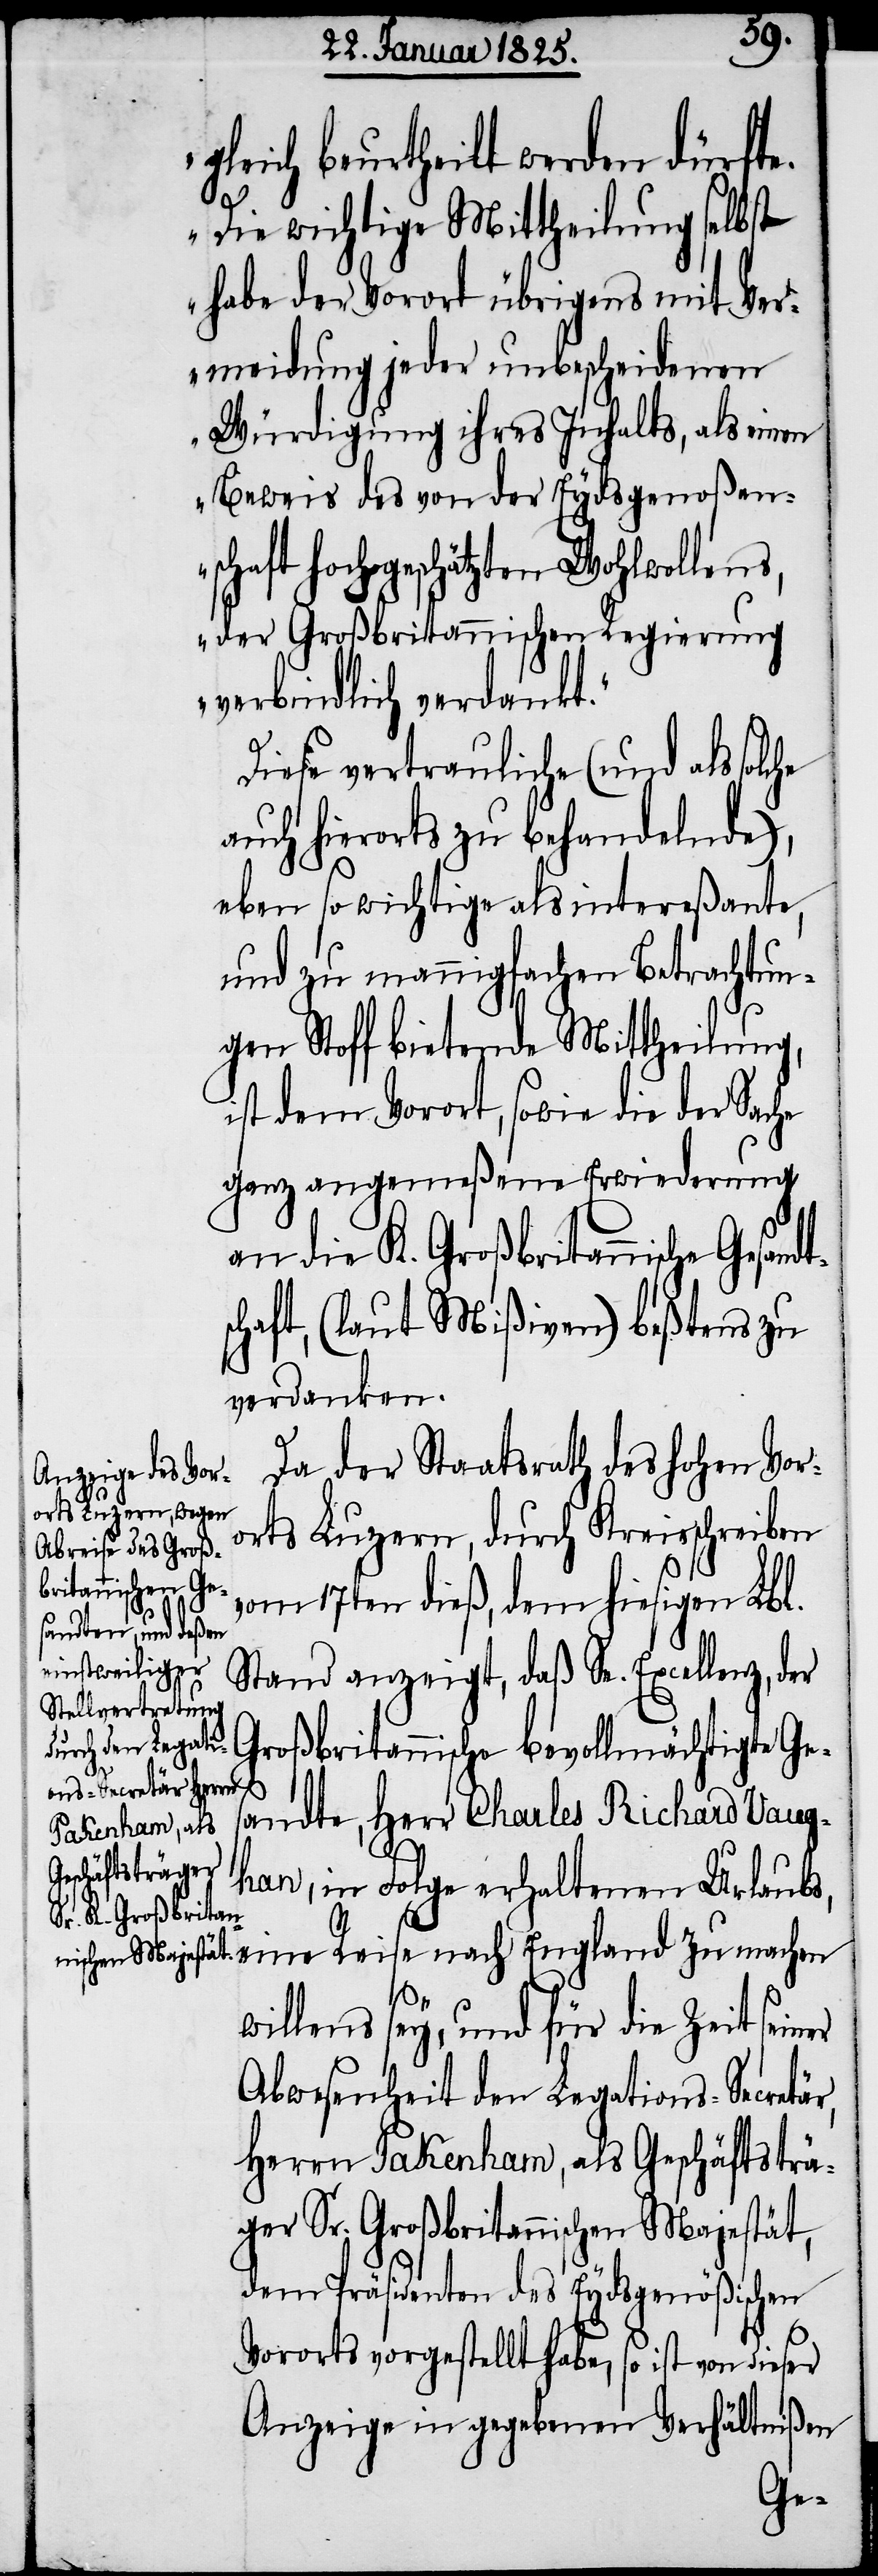
gleich beurtheilt werden dürfte.
Die wichtige Mittheilung selbst
habe der Vorort übrigens mit Ver¬
meidung jeder unbescheidenen
Würdigung ihres Inhalts, als einen
Beweis des von der Eydsgenoßens¬
chaft hochgeschätzten Wohlwollens,
der Großbritannischen Regierung
verbindlich verdankt.“
Diese vertrauliche (und als solche
auch hierorts zu behandelnde),
eben so wichtige als intereßante,
und zu mannigfachen Betrachtun¬
gen Stoff bietende Mittheilung,
ist dem Vorort, sowie die der Sache
ganz angemeßene Erwiederung
chaft, (laut Mißiven) beßtens zu
verdanken.
Da der Staatsrath des hohen Vor¬
orts Luzern, durch Kreisschreiben
vom 17ten dieß, dem hiesigen Lbl.
Stand anzeigt, daß Se. Excellenz, der
Großbritannische bevollmächtigte Ges¬
andte, Herr Charles Richard Vaug¬
han, in Folge erhaltenen Urlaubs,
die K. Großbritan¬
eine Reise nach England zu machen
nische Gesandts¬
willens sey, und für die Zeit seiner
Abwesenheit den Legations-Secretär,
Herrn Pakenham, als Geschäftsträ¬
ger Sr. Großbritannischen Majestät,
dem Präsidenten des Eydsgenößischen
Vororts vorgestellt habe, so ist von dieser
Anzeige in gegebenen Verhältnißen